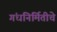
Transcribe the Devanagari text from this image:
गंधनिर्मितीचे